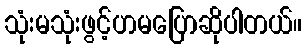
သုံးမသုံးဖွင့်ဟမပြောဆိုပါတယ်။